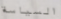
السياسة